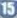
15